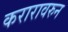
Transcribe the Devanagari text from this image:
करारावरुन